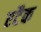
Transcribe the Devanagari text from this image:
एटैक